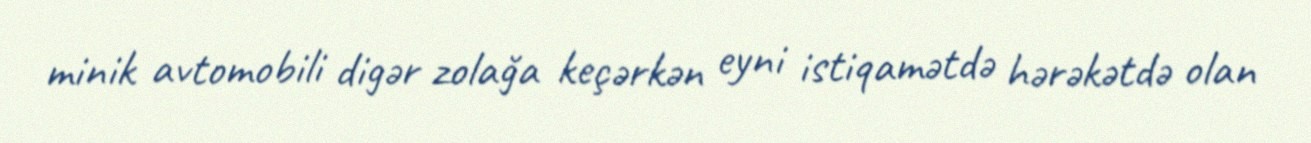
minik avtomobili digər zolağa keçərkən eyni istiqamətdə hərəkətdə olan